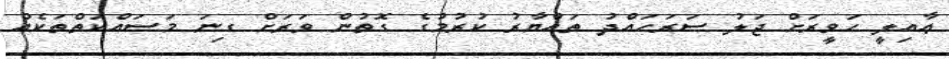
ޢާއިލީ ހަވީރަށް ޖަލު ސަރަޙައްދު ތައްޔާރު ކުރުމުގެ ގޮތުން ވަރަށް ގިނަ މަސައްކަތްތަކެއް